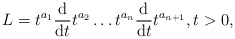
\begin{align*} L=t^{a_1}\frac{\mathrm d}{\mathrm{d}t}t^{a_2}\dots t^{a_n}\frac{\mathrm d}{\mathrm{d}t}t^{a_{n+1}},t>0, \end{align*}